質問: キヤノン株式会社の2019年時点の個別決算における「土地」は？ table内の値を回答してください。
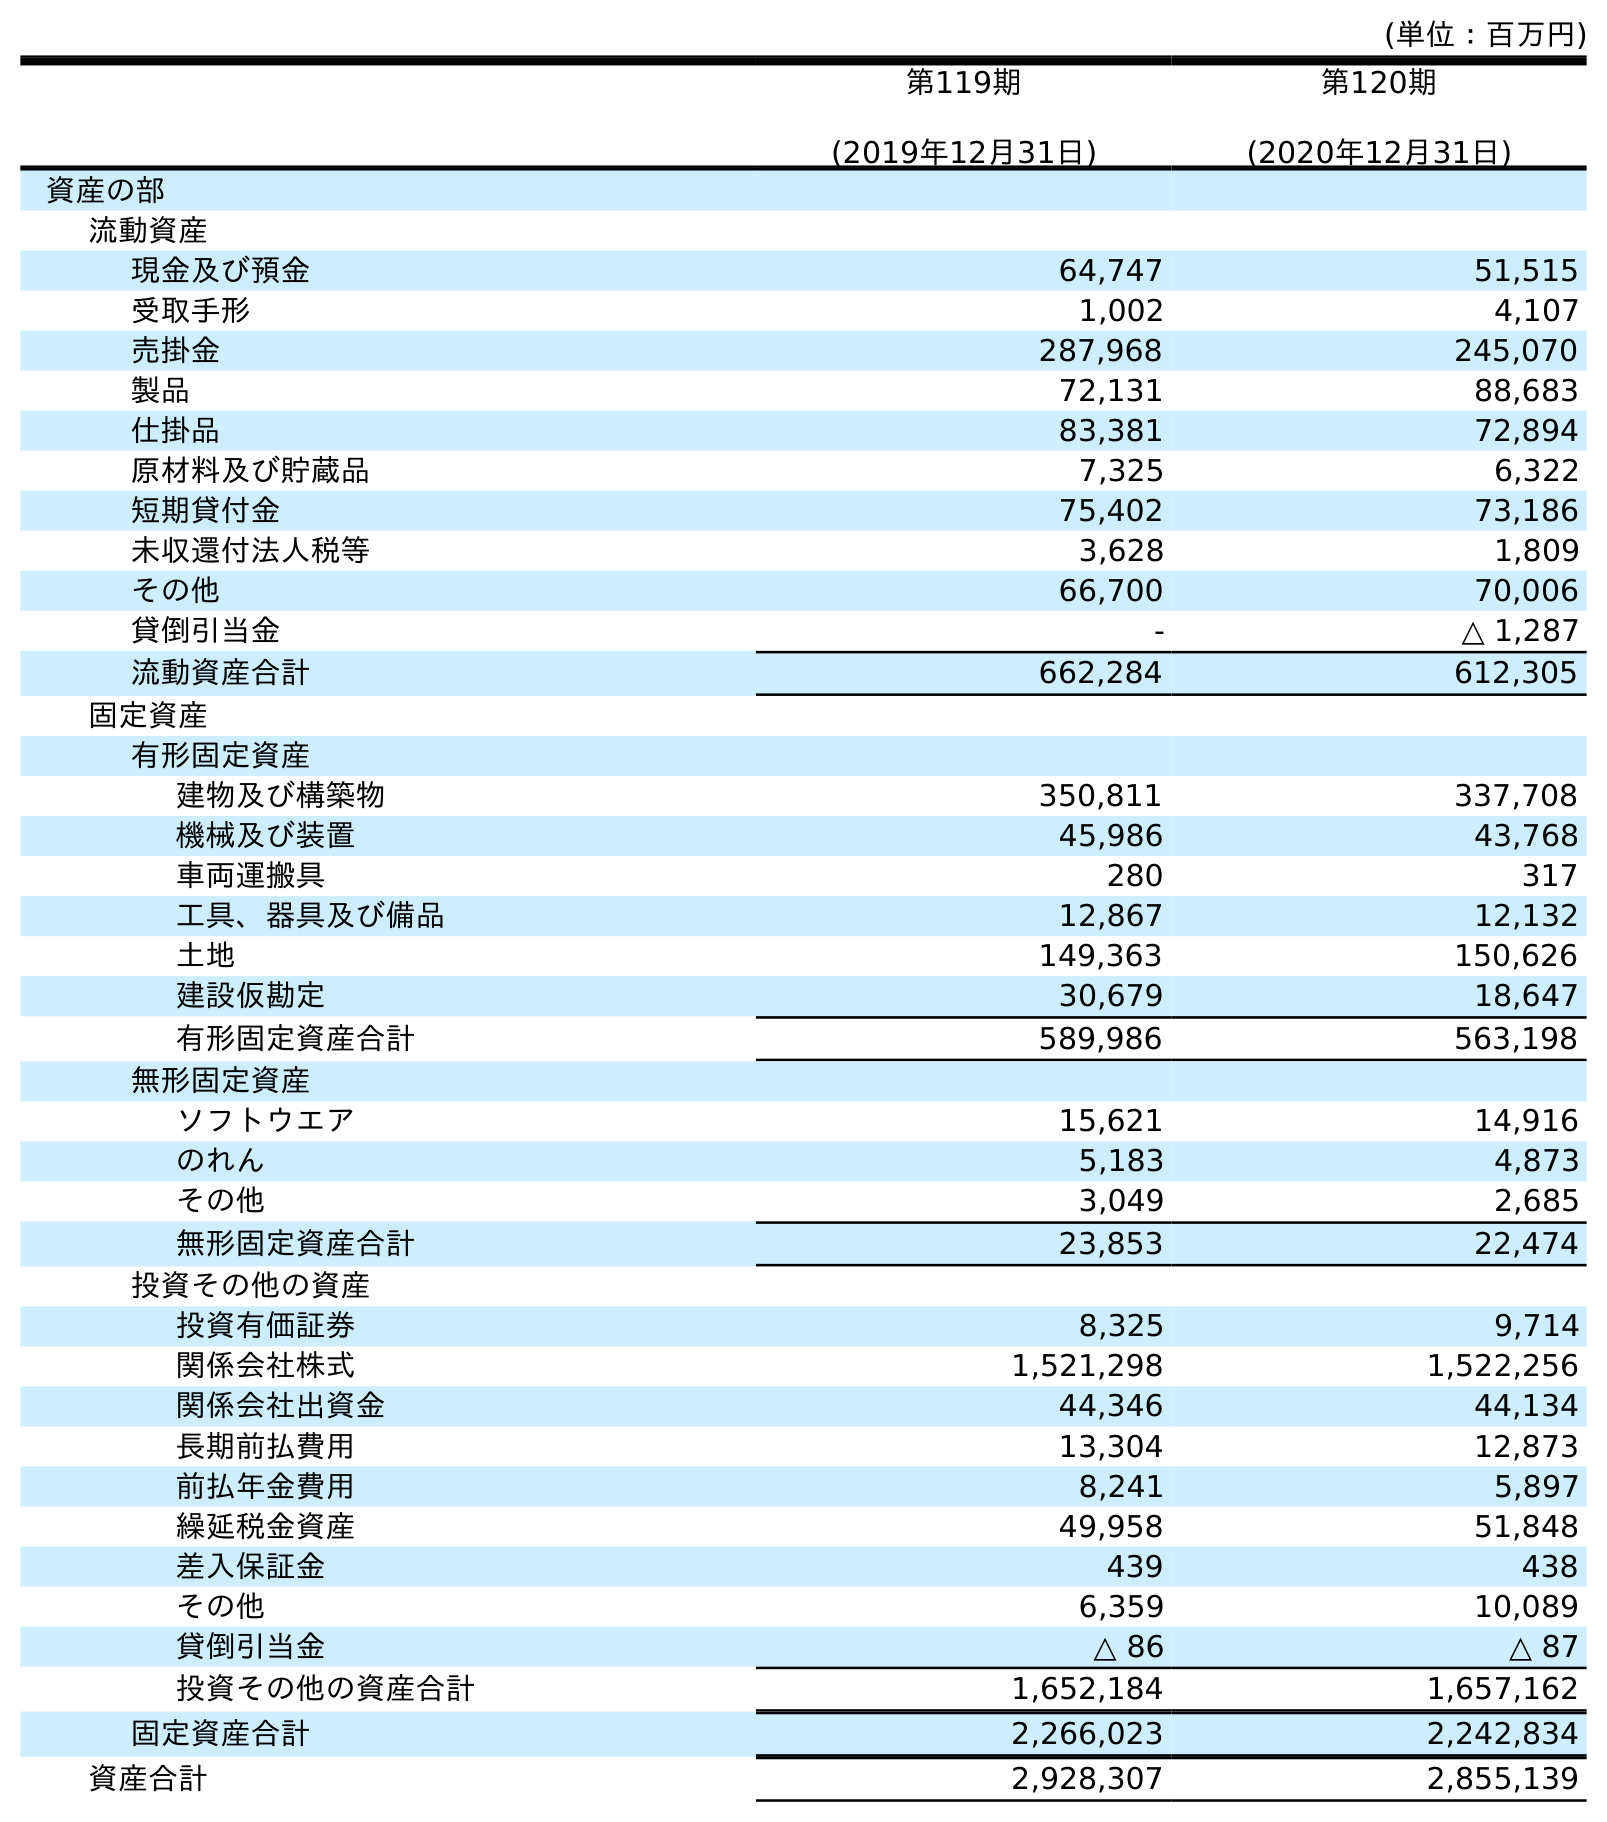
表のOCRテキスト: (単位：百万円) 第119期 (2019年12月31日) 第120期 (2020年12月31日) 資産の部 流動資産 現金及び預金 64,747 51,515 受取手形 1,002 4,107 売掛金 287,968 245,070 製品 72,131 88,683 仕掛品 83,381 72,894 原材料及び貯蔵品 7,325 6,322 短期貸付金 75,402 73,186 未収還付法人税等 3,628 1,809 その他 66,700 70,006 貸倒引当金 - △ 1,287 流動資産合計 662,284 612,305 固定資産 有形固定資産 建物及び構築物 350,811 337,708 機械及び装置 45,986 43,768 車両運搬具 280 317 工具、器具及び備品 12,867 12,132 土地 149,363 150,626 建設仮勘定 30,679 18,647 有形固定資産合計 589,986 563,198 無形固定資産 ソフトウエア 15,621 14,916 のれん 5,183 4,873 その他 3,049 2,685 無形固定資産合計 23,853 22,474 投資その他の資産 投資有価証券 8,325 9,714 関係会社株式 1,521,298 1,522,256 関係会社出資金 44,346 44,134 長期前払費用 13,304 12,873 前払年金費用 8,241 5,897 繰延税金資産 49,958 51,848 差入保証金 439 438 その他 6,359 10,089 貸倒引当金 △ 86 △ 87 投資その他の資産合計 1,652,184 1,657,162 固定資産合計 2,266,023 2,242,834 資産合計 2,928,307 2,855,139
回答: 149,363